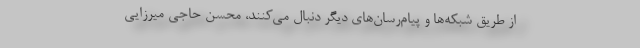
از طریق شبکه‌ها و پیام‌رسان‌های دیگر دنبال می‌کنند، محسن حاجی میرزایی